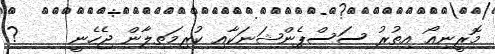
މޮރީނިއޯ އިތުރު ސަސްޕެންޝަނަކާއި ކުރިމަތިލާން ޖެހެނީ     ?